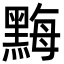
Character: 黣